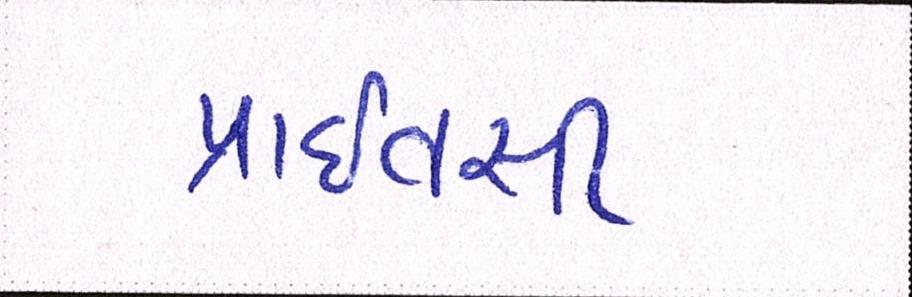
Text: પ્રાઈવસી